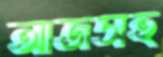
আজসহ